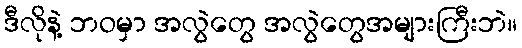
ဒီလိုနဲ့ ဘဝမှာ အလွဲတွေ အလွဲတွေအများကြီးဘဲ။